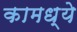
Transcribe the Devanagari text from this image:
कामध्ये